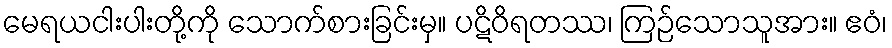
မေရယငါးပါးတို့ကို သောက်စားခြင်းမှ။ ပဋိဝိရတဿ၊ ကြဉ်သောသူအား။ ဧဝံ၊